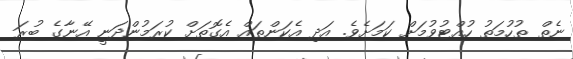
ނެތް ތުހުމަތު ހުއްޓުވުމަށް ކަމަށެވެ. އަދި އެކަންތައް އެގޮތަށް ކުރަމުންދަނީ އޭނާގެ ބުރަ